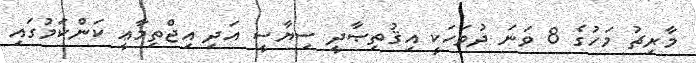
މާރިޗު މަހުގެ 8 ވަނަ ދުވަހަކީ އިޤުތިޞާދީ ސިޔާސީ އަދި އިޖްތިމާޢީ ކަންކަމުގައި